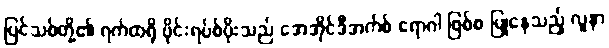
ပြင်သစ်တို့၏ ရက်ထရို ဗိုင်းရပ်စ်ပိုးသည် အေအိုင်ဒီအက်စ် ရောဂါ ဖြစ်စ ပြုနေသည့် လူနာ